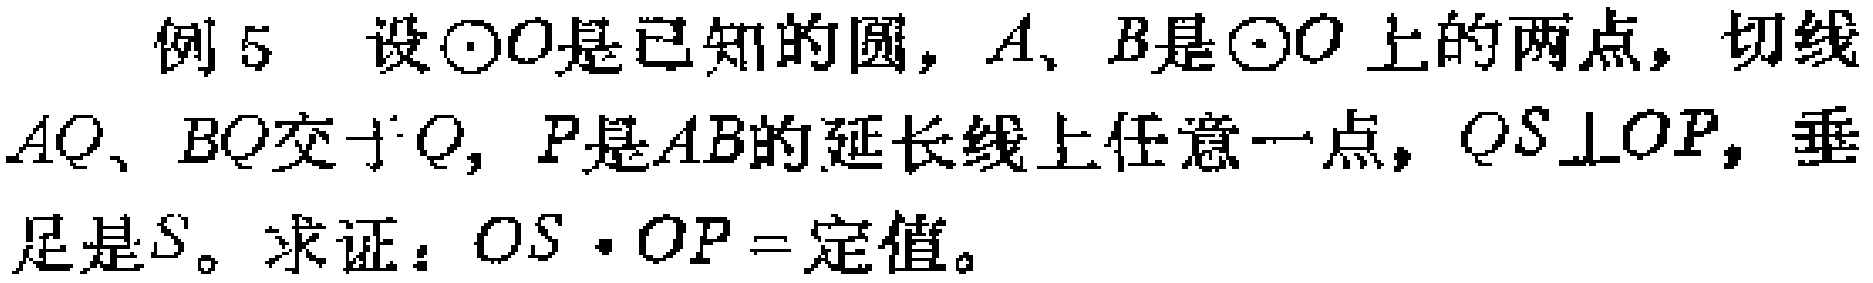
例 5 设$\odot O$是已知的圆，$A$、$B$是$\odot O$上的两点，切线$AQ$、$BQ$交于$Q$，$P$是$AB$的延长线上任意一点，$QS\perp OP$，垂足是$S$。求证：$OS\cdot OP =$定值。